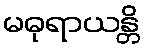
မဓုရာယန္တိ